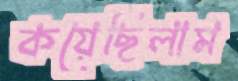
কয়েছিলাম